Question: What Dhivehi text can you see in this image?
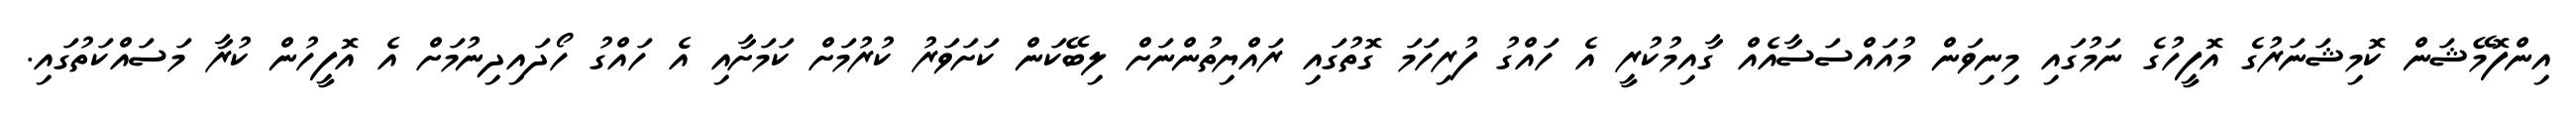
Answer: އިންފޮމޭޝަން ކޮމިޝަނަރުގެ އޮފީހުގެ ނަމުގައި މިނިވަން މުއައްސަސާއެއް ގާއިމުކުރީ އެ ހައްގު ފުރިހަމަ ގޮތުގައި ރައްޔިތުންނަށް ލިބޭކަން ކަށަވަރު ކުރުމަށް ކަމަށާއި އެ ހައްގު ހޯދައިދިނުމަށް އެ އޮފީހުން ކުރާ މަސައްކަތުގައި.